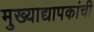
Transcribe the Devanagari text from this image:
मुख्‍याद्यापकांची